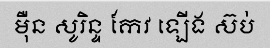
ម៉ឺន សូរិន្ទ កែវ ឡើង ស៊ប់